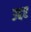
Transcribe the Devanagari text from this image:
उद्दर